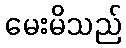
မေးမိသည်